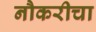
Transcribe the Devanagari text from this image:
नौकरीचा